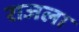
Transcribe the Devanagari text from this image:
राजला